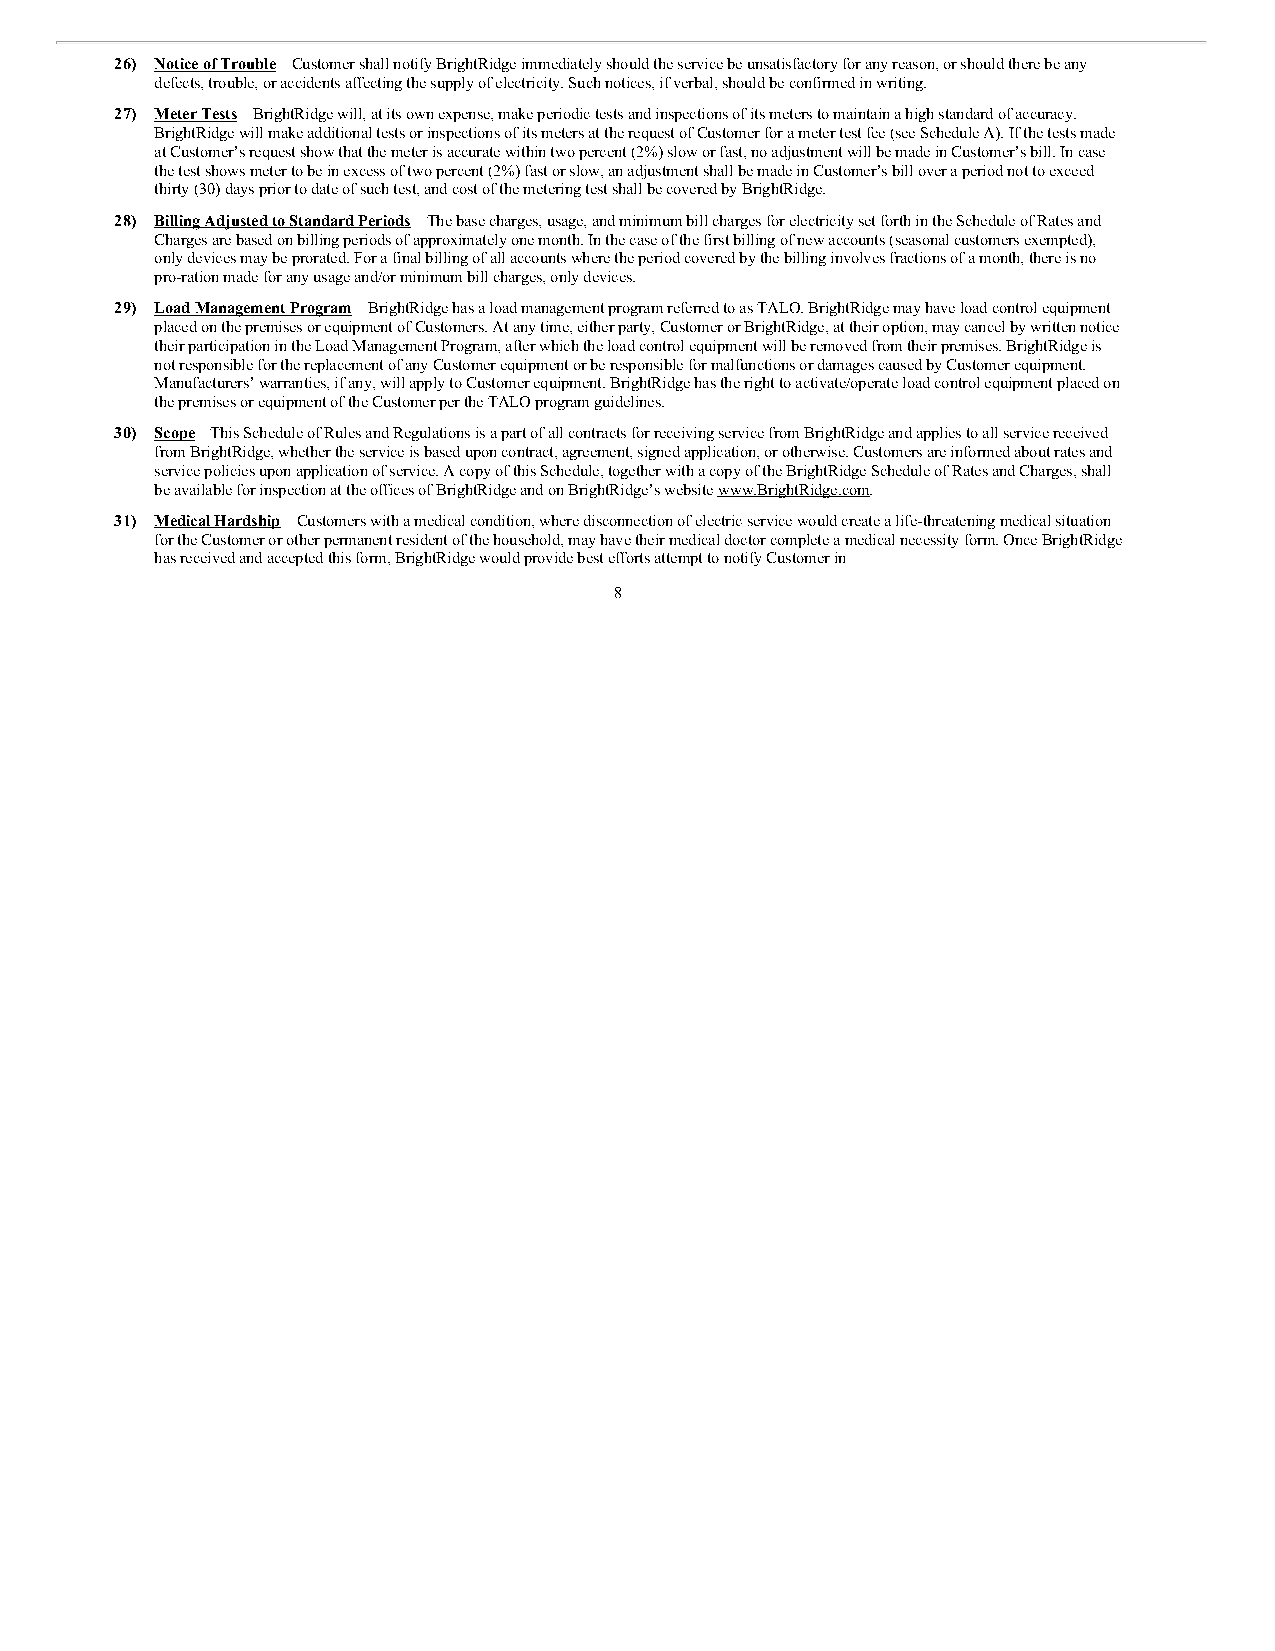
26) Notice of Trouble – Customer shall notify BrightRidge immediately should the service be unsatisfactory for any reason, or should there be any
 defects, trouble, or accidents affecting the supply of electricity. Such notices, if verbal, should be confirmed in writing.
 27) Meter Tests – BrightRidge will, at its own expense, make periodic tests and inspections of its meters to maintain a high standard of accuracy.
 BrightRidge will make additional tests or inspections of its meters at the request of Customer for a meter test fee (see Schedule A). If the tests made
 at Customer’s request show that the meter is accurate within two percent (2%) slow or fast, no adjustment will be made in Customer’s bill. In case
 the test shows meter to be in excess of two percent (2%) fast or slow, an adjustment shall be made in Customer’s bill over a period not to exceed
 thirty (30) days prior to date of such test, and cost of the metering test shall be covered by BrightRidge.
 28) Billing Adjusted to Standard Periods – The base charges, usage, and minimum bill charges for electricity set forth in the Schedule of Rates and
 Charges are based on billing periods of approximately one month. In the case of the first billing of new accounts (seasonal customers exempted),
 only devices may be prorated. For a final billing of all accounts where the period covered by the billing involves fractions of a month, there is no
 pro-ration made for any usage and/or minimum bill charges, only devices.
 29) Load Management Program – BrightRidge has a load management program referred to as TALO. BrightRidge may have load control equipment
 placed on the premises or equipment of Customers. At any time, either party, Customer or BrightRidge, at their option, may cancel by written notice
 their participation in the Load Management Program, after which the load control equipment will be removed from their premises. BrightRidge is
 not responsible for the replacement of any Customer equipment or be responsible for malfunctions or damages caused by Customer equipment.
 Manufacturers’ warranties, if any, will apply to Customer equipment. BrightRidge has the right to activate/operate load control equipment placed on
 the premises or equipment of the Customer per the TALO program guidelines.
 30) Scope – This Schedule of Rules and Regulations is a part of all contracts for receiving service from BrightRidge and applies to all service received
 from BrightRidge, whether the service is based upon contract, agreement, signed application, or otherwise. Customers are informed about rates and
 service policies upon application of service. A copy of this Schedule, together with a copy of the BrightRidge Schedule of Rates and Charges, shall
 be available for inspection at the offices of BrightRidge and on BrightRidge’s website www.BrightRidge.com.
 31) Medical Hardship – Customers with a medical condition, where disconnection of electric service would create a life-threatening medical situation
 for the Customer or other permanent resident of the household, may have their medical doctor complete a medical necessity form. Once BrightRidge
 has received and accepted this form, BrightRidge would provide best efforts attempt to notify Customer in
 8